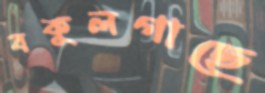
বকুলগাছে